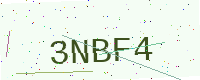
Text: 3NBF4